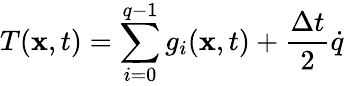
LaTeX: T(\mathbf{x},t)=\sum_{i=0}^{q-1}g_{i}(\mathbf{x},t)+\frac{\Delta t}{2}\dot{q}